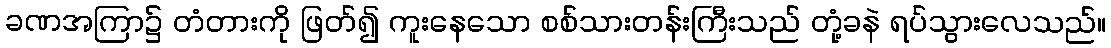
ခဏအကြာ၌ တံတားကို ဖြတ်၍ ကူးနေသော စစ်သားတန်းကြီးသည် တုံ့ခနဲ ရပ်သွားလေသည်။